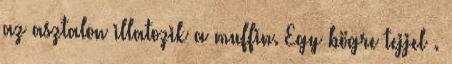
az asztalon illatozik a muffin. Egy bögre tejjel .